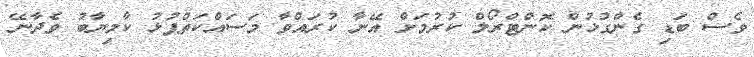
ވެސް ބަޑި ގެންގުޅުން ކޮންޓްރޯލް ކުރުމަށް އޭނާ ކުރައްވާ މަސައްކަތްޕުޅު ކާމިޔާބު ވެދާނޭ